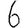
Digit: 6